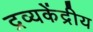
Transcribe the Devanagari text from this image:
द्रव्यकेंद्रीय